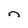
Character: n